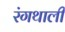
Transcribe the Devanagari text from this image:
रंगथाली